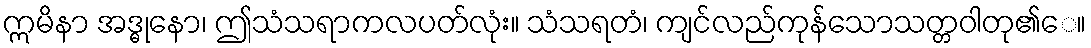
ဣမိနာ အဒ္ဓုနော၊ ဤသံသရာကလပတ်လုံး။ သံသရတံ၊ ကျင်လည်ကုန်သောသတ္တဝါတု၏ေ။